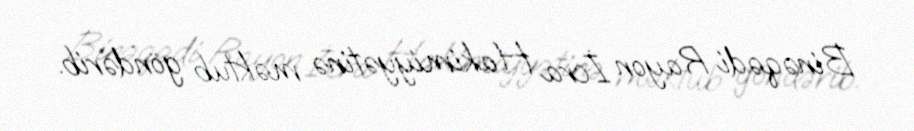
Binəqədi Rayon İcra Hakimiyyətinə məktub göndərib.